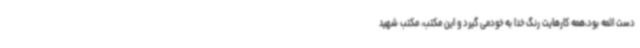
دست ائمه بود،همه کارهایت رنگ خدا به خودمی گیرد و این مکتب، مکتب شهید